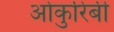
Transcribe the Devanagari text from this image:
ओकुरिबी